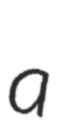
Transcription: a